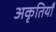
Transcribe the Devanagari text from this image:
अकृतियाँ